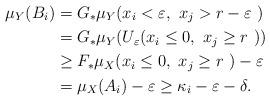
LaTeX: \begin{align*} \mu_Y(B_i) &= G_*\mu_Y( x_i < \varepsilon,\ x_j > r-\varepsilon \ ) \\ &= G_*\mu_Y(U_\varepsilon(x_i \le 0,\ x_j \ge r\ )) \\ &\ge F_*\mu_X(x_i \le 0,\ x_j \ge r\ ) - \varepsilon \\ &= \mu_X(A_i)-\varepsilon \ge \kappa_i-\varepsilon-\delta. \end{align*}